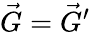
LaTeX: \vec{G}=\vec{G}^{\prime}